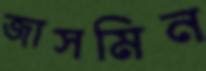
জাসমিন